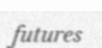
futures